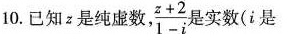
10.已知z是纯虚数， \frac{z+2}{1-i}是 实数(i是